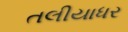
તલીયાધર